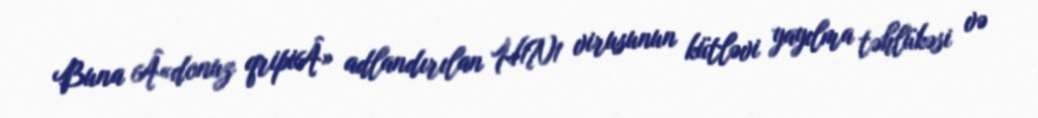
Buna Â«donuz qripiÂ» adlandırılan H1N1 virusunun kütləvi yayılma təhlükəsi və